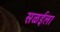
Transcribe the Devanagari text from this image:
सळईला